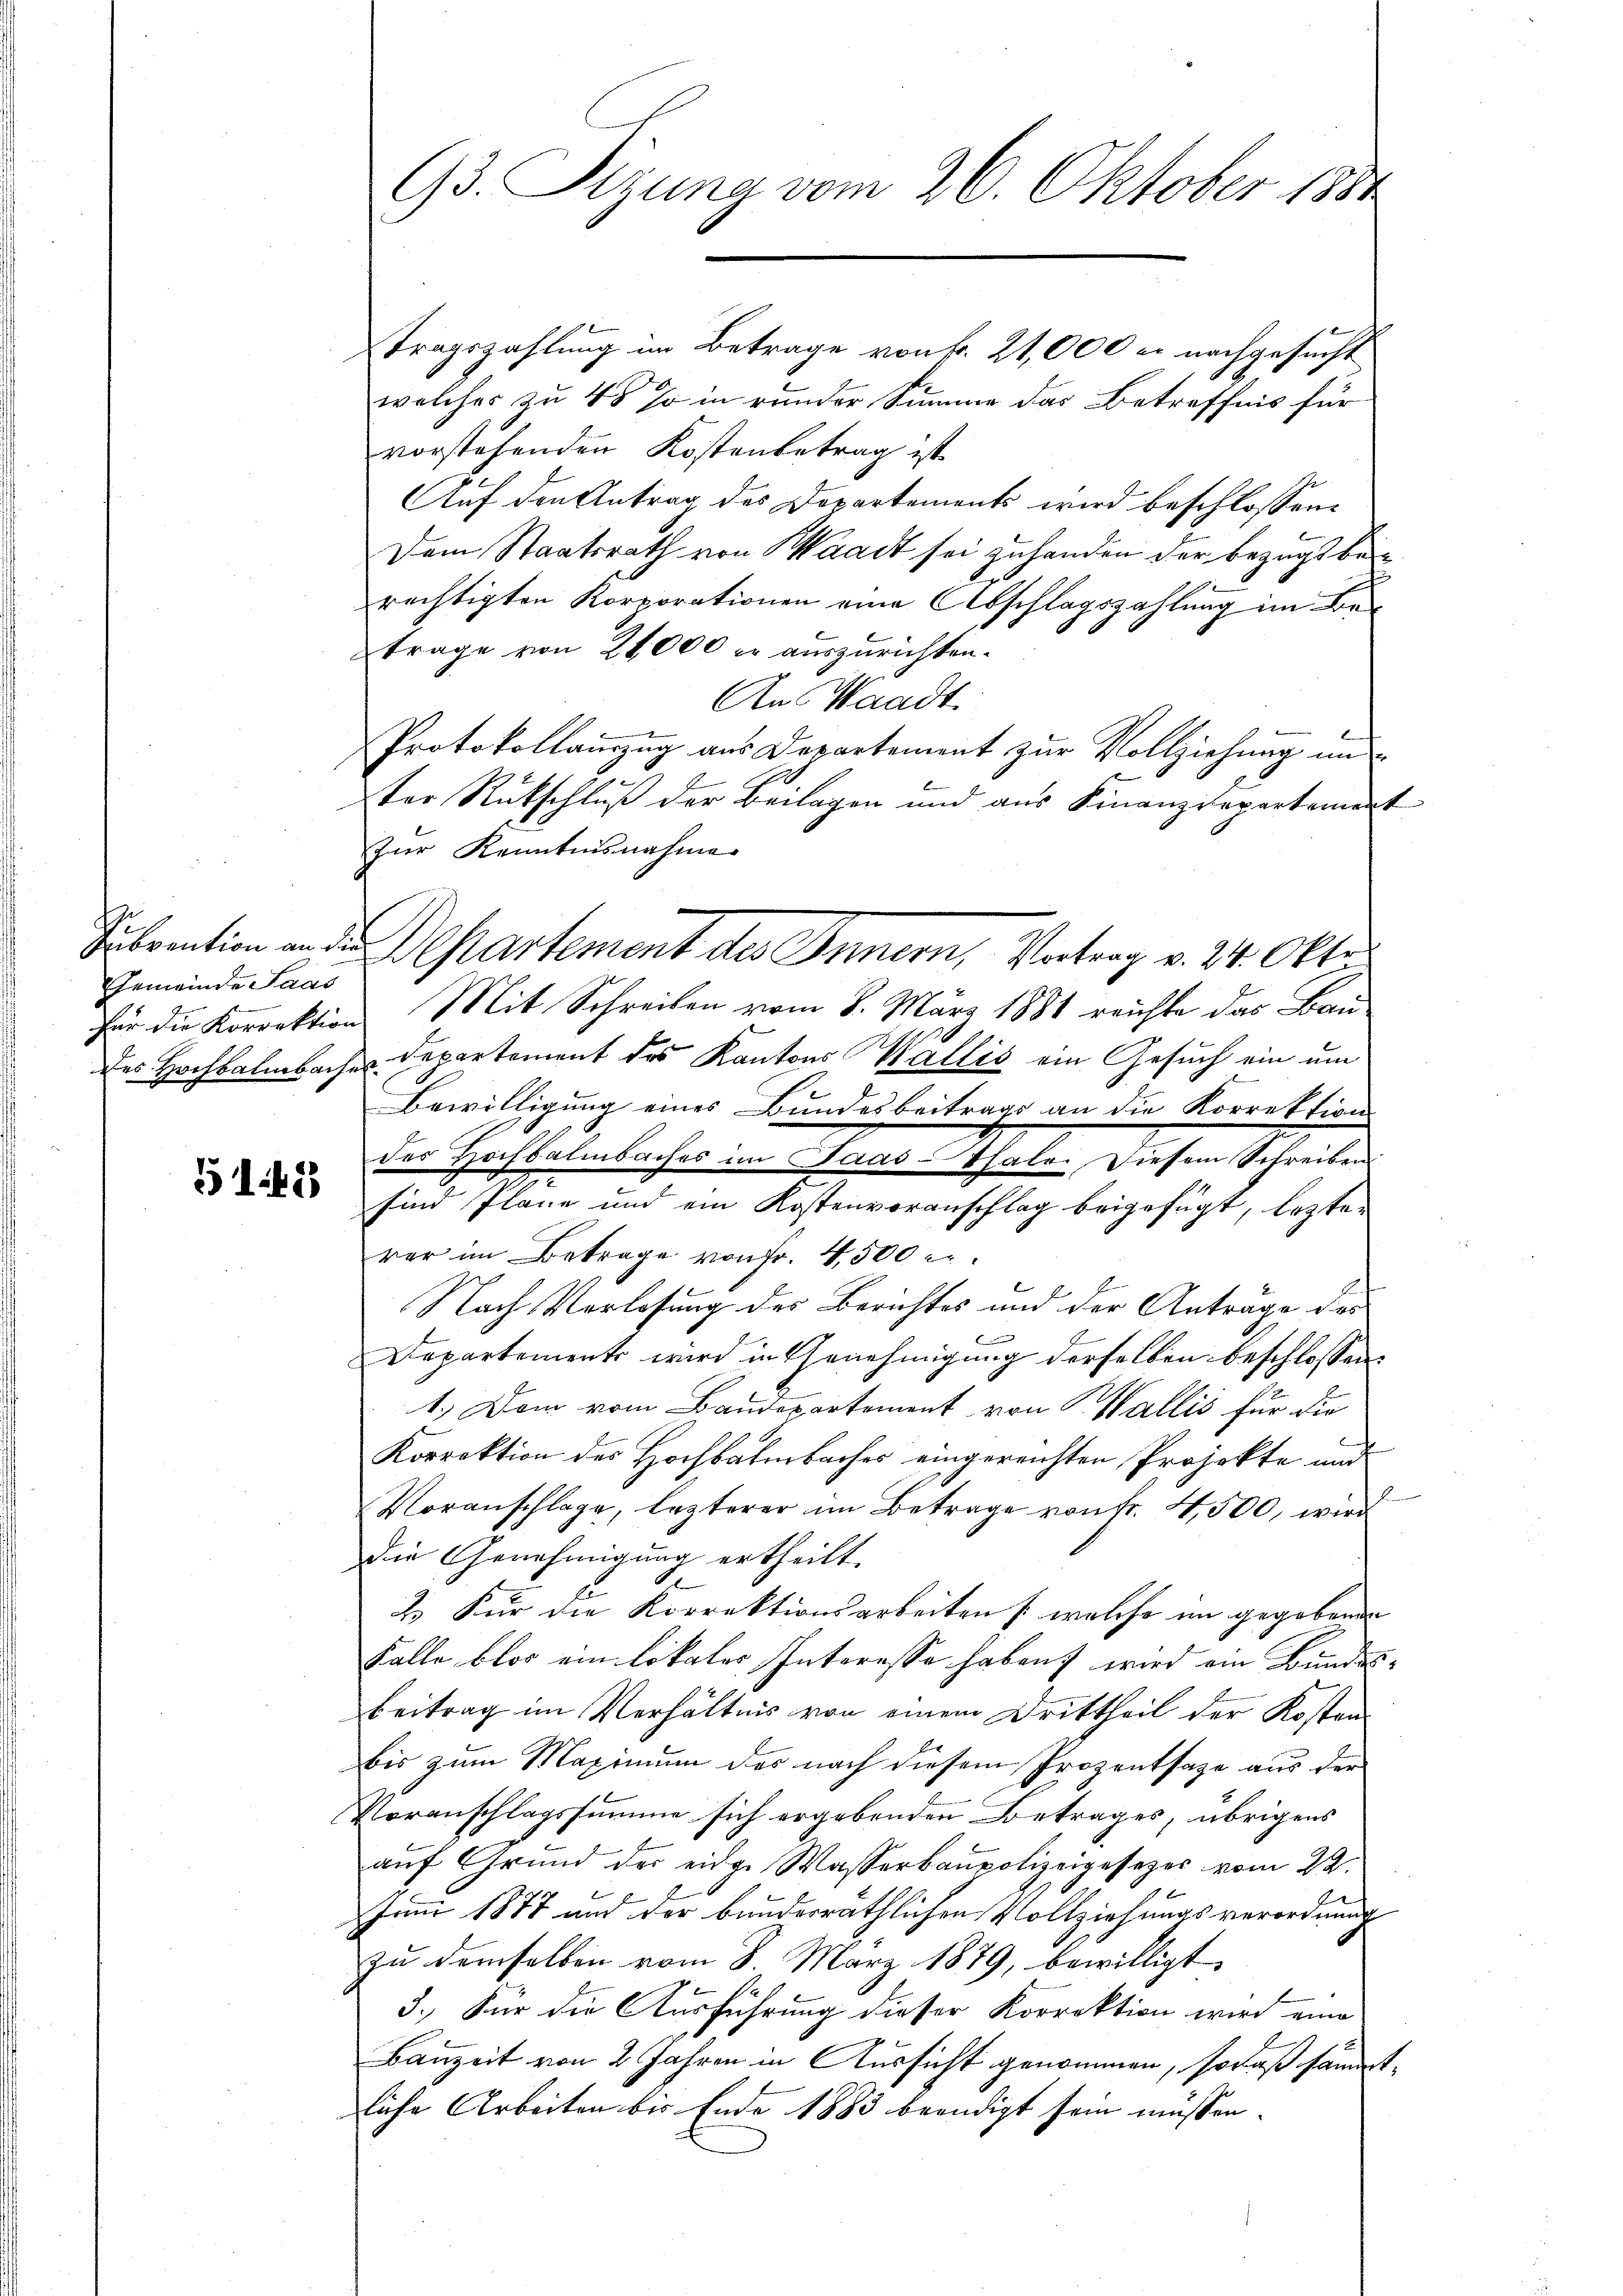
Gemeinde Saas

31. 423

Tragszahlung im Betrage von Fr. 21,000 er nachgesucht
welches zu 48 % in runder Summe das Betreffnis für
vorstehenden Kostenbetrag ist
Auf den Antrag des Departements wird beschlossene
Dem Staatsrath von Waadt sei zuhanden der Bezugsberechtigten Korporationen eine Abschlagszahlung im Be
trage von 24,000 c. auszurichten.
An Waadt.
Protokollanzug aus Departement zur Vollziehung un
ter Rückschluß der Beilagen und aus Finanzdepartement
zur Kenntnisnahme
für die Korrektion Mit Schreiben vom 8. März 1881 reichte das Ban
des Hochbalmbaches Departement des Kantons Wallis ein Gesuch ein um
Bewilligung eines Bundesbeitrags an die Korrektion
des Hochbalmbaches im Paas-Thale. Diesem Schreiben
sind Pläne und ein Kostenvoranschlag beigefügt, lezterer im Betrage von Fr. 4500 r.
Nach Verlesung des Berichtes und der Anträge des
Departements wird in Genehmigung derselben beschlossen:
1.) Dem vom Baudepartement von Wallis für die
Korrektion des Hochbalmbaches eingereichten Projekte und
Voranschlage, lezterer im Betrage von Fr. 4500, wird
die Genehmigung ertheilt.
2. Für die Korrektionsarbeiten /: welche im gegebenen
Falle blos ein Lokales Interesso haben wird ein Bundes-
Beitrag im Verhältnis von einem Drittheil der Kosten
bis zum Maximum des nach diesem Prozentsage aus der
Voranschlagssumme sich ergebenden Betrages, übrigens
auf Grund der eidge Wasserbaupolizeigesezes vom 22.
Juni 1877 und der bunderräthlichen Vollziehungsverordnung
zu demselben vom 8. März 1879, bewilligt
3.) Für die Ausführung dieser Korrektion wird eine
Bauzeit von 2 Jahren in Aussicht genommen, sodaß sämmtliche Arbeiten bis Ende 1883 beendigt sein müssen.

93. Sizung vom 26. Oktober 1881

Subvention an de partement des Innern, Vortrag v. 24. Okto